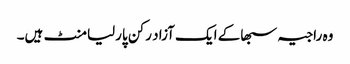
وہ راجیہ سبھاکے ایک آزاد رکن پارلیامنٹ ہیں۔